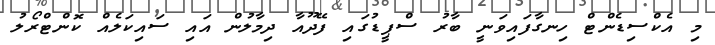
މި އެކްސިޑެންޓް ހިނގާފައިވަނީ ބާރު ސްޕީޑުގައި ފޭދޫއާ ދިމާލުން އައި ސައިކަލެއް ކޮންޓްރޯލު